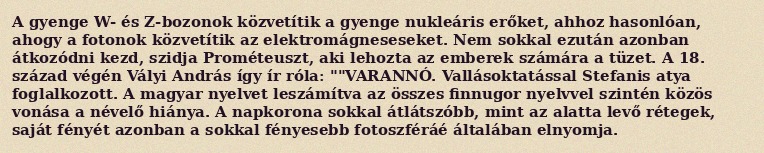
A gyenge W- és Z-bozonok közvetítik a gyenge nukleáris erőket, ahhoz hasonlóan, ahogy a fotonok közvetítik az elektromágneseseket. Nem sokkal ezután azonban átkozódni kezd, szidja Prométeuszt, aki lehozta az emberek számára a tüzet. A 18. század végén Vályi András így ír róla: ""VARANNÓ. Vallásoktatással Stefanis atya foglalkozott. A magyar nyelvet leszámítva az összes finnugor nyelvvel szintén közös vonása a névelő hiánya. A napkorona sokkal átlátszóbb, mint az alatta levő rétegek, saját fényét azonban a sokkal fényesebb fotoszféráé általában elnyomja.